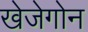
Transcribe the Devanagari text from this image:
खेजेगोन